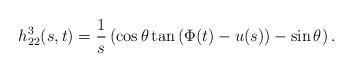
LaTeX: \begin{align*}h_{22}^3(s,t)=\frac{1}{s}\left( \cos \theta \tan \left(\Phi (t)-u(s)\right)-\sin \theta \right). \end{align*}